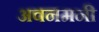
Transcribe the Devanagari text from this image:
अवनमनी